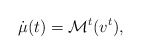
\begin{align*}\dot{\mu}(t)={\mathcal M}^t(v^t),\end{align*}